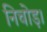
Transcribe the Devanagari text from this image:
निचोड़।